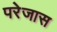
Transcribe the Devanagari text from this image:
परेजास